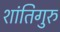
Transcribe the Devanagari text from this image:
शांतिगुरु